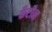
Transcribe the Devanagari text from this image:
कँटीन